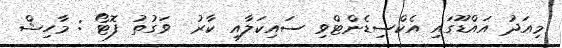
މިއަދު އައްޑޫގައި އެކްސިޑެންޓްވި ސައިކަލާއި ކާރު  ވަގުތު ފޮޓޯ : މާހިޝް